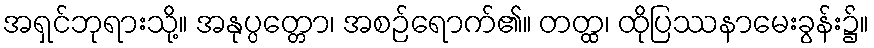
အရှင်ဘုရားသို့။ အနုပ္ပတ္တော၊ အစဉ်ရောက်၏။ တတ္ထ၊ ထိုပြဿနာမေးခွန်း၌။